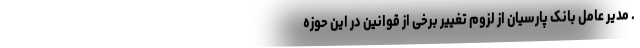
. مدیر عامل بانک پارسیان از لزوم تغییر برخی از قوانین در این حوزه